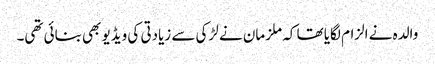
والدہ نے الزام لگایا تھا کہ ملزمان نے لڑکی سے زیادتی کی ویڈیو بھی بنائی تھی۔